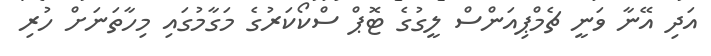
އަދި އޭނާ ވަނީ ޗެމްޕިއަންސް ލީގުގެ ޓޮޕް ސްކޯކަރުގެ މަގާމުގައި މިހާތަނަށް ހުރި